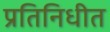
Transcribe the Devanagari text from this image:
प्रतिनिधीत